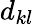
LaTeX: d_{kl}